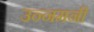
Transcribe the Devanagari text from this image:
उन्नमनी